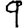
Digit: 9